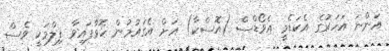
އަންނަ އަހަރުގެ އެކަޑެމީ އެވޯޑްސް (އޮސްކާ) އަށް އެގައުމުން ހޮވާފައިވާ ފިލްމަކީ ވެސް